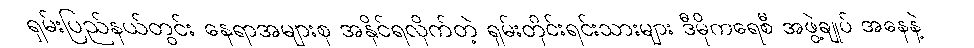
ရှမ်းပြည်နယ်တွင်း နေရာအများစု အနိုင်ရလိုက်တဲ့ ရှမ်းတိုင်းရင်းသားများ ဒီမိုကရေစီ အဖွဲ့ချုပ် အနေနဲ့